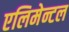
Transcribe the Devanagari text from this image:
एलिमेन्टल